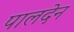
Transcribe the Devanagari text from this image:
पालदेन